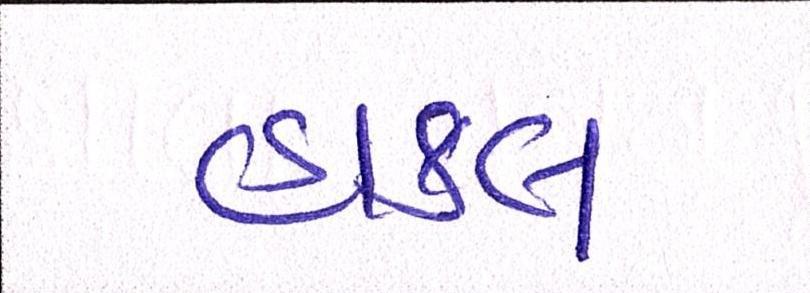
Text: હાકલ